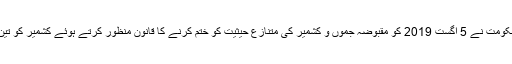
واضح رہے کہ بھارت کی حکومت نے 5 اگست 2019 کو مقبوضہ جموں و کشمیر کی متنازع حیثیت کو ختم کرنے کا قانون منظور کرتے ہوئے کشمیر کو تین اکائیوں میں تقسیم کردیا تھا۔